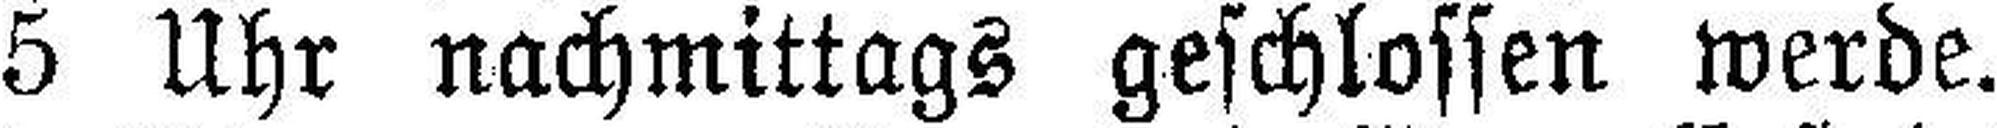
5 Uhr nachmittags geschlossen werde.